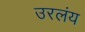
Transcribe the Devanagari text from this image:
उरलंय